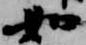
如